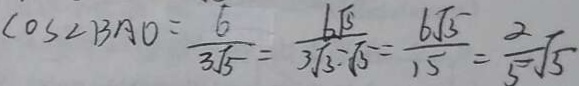
\cos \angle B A O = \frac { 6 } { 3 \sqrt { 5 } } = \frac { 6 \sqrt { 5 } } { 3 \sqrt { 5 } \cdot \sqrt { 5 } } = \frac { 6 \sqrt { 5 } } { 1 5 } = \frac { 2 } { 5 } \sqrt { 5 }